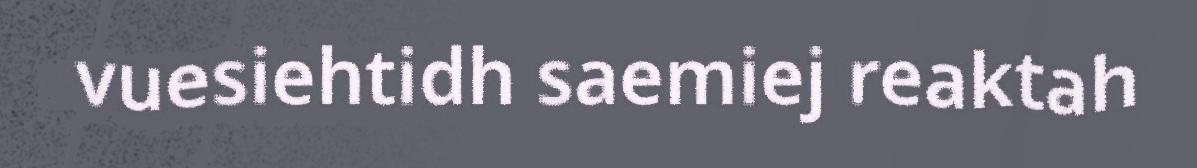
vuesiehtidh saemiej reaktah